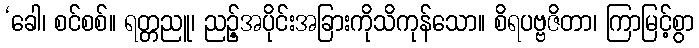
‘ခေါ၊ စင်စစ်။ ရတ္တညူ၊ ညဉ့်အပိုင်းအခြားကိုသိကုန်သော။ စိရပဗ္ဗဇိတာ၊ ကြာမြင့်စွာ